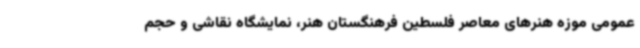
عمومی موزه هنرهای معاصر فلسطین فرهنگستان هنر، نمایشگاه نقاشی و حجم